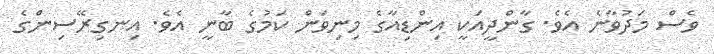
ވެސް މަދުވާނެ އެވެ. ގާންދީއަކީ އިންޑިއާގެ މިނިވަން ކަމުގެ ބާނީ އެވެ. އިނގިރޭސިންގެ